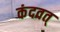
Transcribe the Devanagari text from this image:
कंदवत्‌